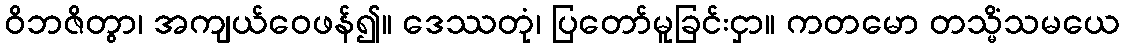
ဝိဘဇိတွာ၊ အကျယ်ဝေဖန်၍။ ဒေဿတုံ၊ ပြတော်မူခြင်းငှာ။ ကတမော တသ္မိံသမယေ